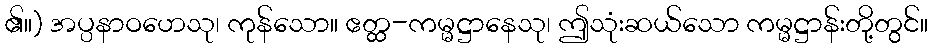
၏။) အပ္ပနာဝဟေသု၊ ကုန်သော။ ဧတ္ထ-ကမ္မဋ္ဌာနေသု၊ ဤသုံးဆယ်သော ကမ္မဋ္ဌာန်းတို့တွင်။